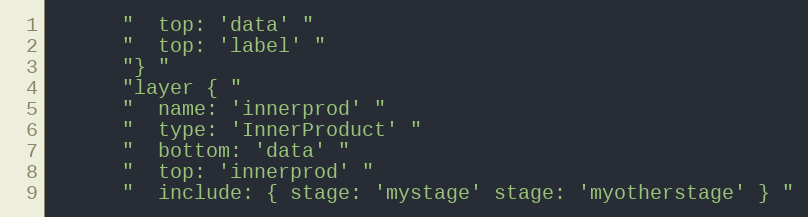
Language: C++
      "  top: 'data' "
      "  top: 'label' "
      "} "
      "layer { "
      "  name: 'innerprod' "
      "  type: 'InnerProduct' "
      "  bottom: 'data' "
      "  top: 'innerprod' "
      "  include: { stage: 'mystage' stage: 'myotherstage' } "